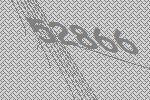
52866